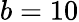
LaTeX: b=10